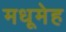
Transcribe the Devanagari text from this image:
मधूमेह